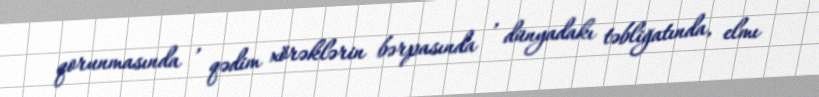
qorunmasında , qədim xörəklərin bərpasında , dünyadakı təbliğatında, elmı